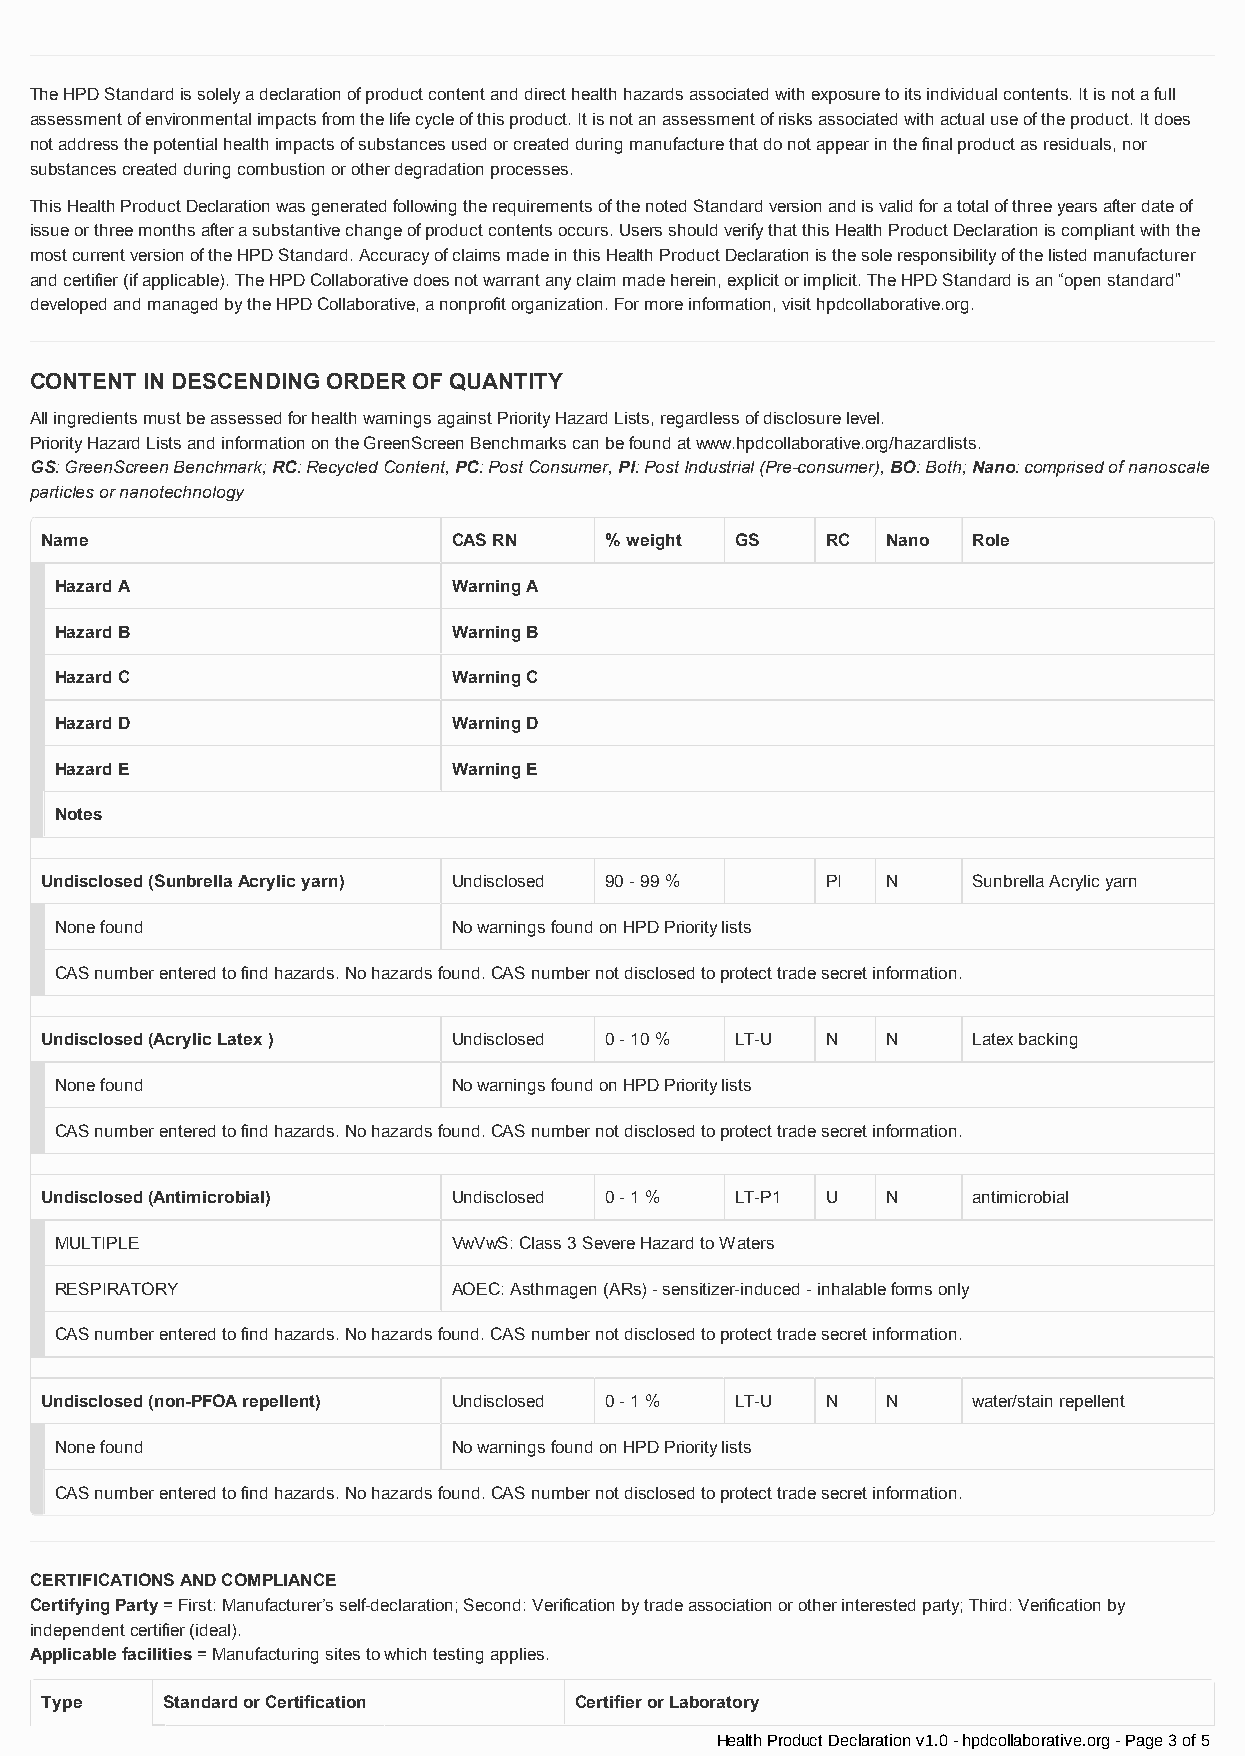
The HPD Standard is solely a declaration of product content and direct health hazards associated with exposure to its individual contents. It is not a full
 assessment of environmental impacts from the life cycle of this product. It is not an assessment of risks associated with actual use of the product. It does
 not address the potential health impacts of substances used or created during manufacture that do not appear in the final product as residuals, nor
 substances created during combustion or other degradation processes.
 This Health Product Declaration was generated following the requirements of the noted Standard version and is valid for a total of three years after date of
 issue or three months after a substantive change of product contents occurs. Users should verify that this Health Product Declaration is compliant with the
 most current version of the HPD Standard. Accuracy of claims made in this Health Product Declaration is the sole responsibility of the listed manufacturer
 and certifier (if applicable). The HPD Collaborative does not warrant any claim made herein, explicit or implicit. The HPD Standard is an “open standard”
 developed and managed by the HPD Collaborative, a nonprofit organization. For more information, visit hpdcollaborative.org.
 CONTENT IN DESCENDING ORDER OF QUANTITY
 All ingredients must be assessed for health warnings against Priority Hazard Lists, regardless of disclosure level.
 Priority Hazard Lists and information on the GreenScreen Benchmarks can be found at www.hpdcollaborative.org/hazardlists.
 GS: GreenScreen Benchmark; RC: Recycled Content, PC: Post Consumer, PI: Post Industrial (Pre-consumer), BO: Both; Nano: comprised of nanoscale
 particles or nanotechnology
 Name                       CAS RN    % weight GS    RC  Nano Role
 Hazard A                  Warning A
 Hazard B                  Warning B
 Hazard C                  Warning C
 Hazard D                  Warning D
 Hazard E                  Warning E
 Notes
 Undisclosed (Sunbrella Acrylic yarn) Undisclosed 90 - 99 % PI N Sunbrella Acrylic yarn
 None found                No warnings found on HPD Priority lists
 CAS number entered to find hazards. No hazards found. CAS number not disclosed to protect trade secret information.
 Undisclosed (Acrylic Latex ) Undisclosed 0 - 10 % LT-U N N   Latex backing
 None found                No warnings found on HPD Priority lists
 CAS number entered to find hazards. No hazards found. CAS number not disclosed to protect trade secret information.
 Undisclosed (Antimicrobial) Undisclosed 0 - 1 % LT-P1 U N    antimicrobial
 MULTIPLE                  VwVwS: Class 3 Severe Hazard to Waters
 RESPIRATORY               AOEC: Asthmagen (ARs) - sensitizer-induced - inhalable forms only
 CAS number entered to find hazards. No hazards found. CAS number not disclosed to protect trade secret information.
 Undisclosed (non-PFOA repellent) Undisclosed 0 - 1 % LT-U N N water/stain repellent
 None found                No warnings found on HPD Priority lists
 CAS number entered to find hazards. No hazards found. CAS number not disclosed to protect trade secret information.
 CERTIFICATIONS AND COMPLIANCE
 Certifying Party = First: Manufacturer’s self-declaration; Second: Verification by trade association or other interested party; Third: Verification by
 independent certifier (ideal).
 Applicable facilities = Manufacturing sites to which testing applies.
 Type    Standard or Certification  Certifier or Laboratory
 Health Product Declaration v1.0 - hpdcollaborative.org - Page 3 of 5